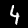
Digit: 4